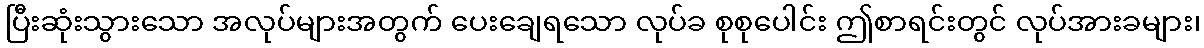
ပြီးဆုံးသွားသော အလုပ်များအတွက် ပေးချေရသော လုပ်ခ စုစုပေါင်း ဤစာရင်းတွင် လုပ်အားခများ၊